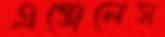
এঞ্জেলেস